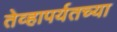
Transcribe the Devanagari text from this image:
तेव्हापर्यतच्या